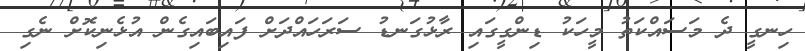
ހިނގީ ދެ މަސައްކަތު މީހަކު ޑިންގީގައި ރާޅުގަނޑު ސަރަހައްދަށް ފައިބައިގެން އުޅެނިކޮށް ނެގި